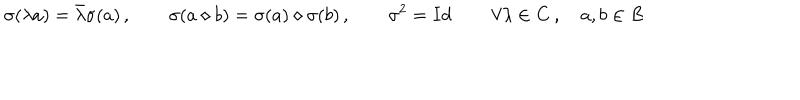
\sigma ( \lambda a ) = \bar { \lambda } \sigma ( a ) \, , \qquad \sigma ( a \diamond b ) = \sigma ( a ) \diamond \sigma ( b ) \, , \qquad \sigma ^ { 2 } = I d \, \qquad \forall \lambda \in \mathbf { C } \, , \quad a , b \in B